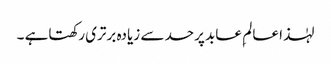
لہٰذا عالم ِ عابد پرحد سے زیادہ برتری رکھتاہے ۔